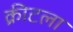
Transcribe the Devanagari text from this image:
क्रीटला